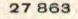
27 863